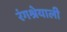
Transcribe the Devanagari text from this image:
रंगश्रेयाली